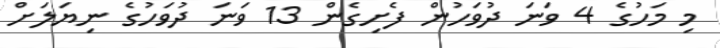
މި މަހުގެ 4 ވަނަ ދުވަހުން ފެށިގެން 13 ވަނަ ދުވަހުގެ ނިޔަލަށް